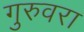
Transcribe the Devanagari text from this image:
गुरुवरा